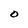
Character: O